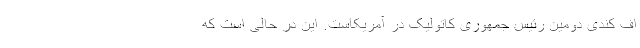
اف کندی دومین رئیس جمهوری کاتولیک در آمریکاست. این در حالی است که